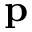
\mathbf { p }